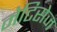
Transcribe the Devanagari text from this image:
मेटिसेज